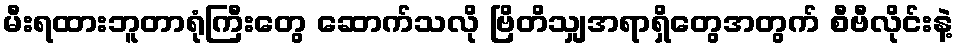
မီးရထားဘူတာရုံကြီးတွေ ဆောက်သလို ဗြိတိသျှအရာရှိတွေအတွက် စီဗီလိုင်းနဲ့